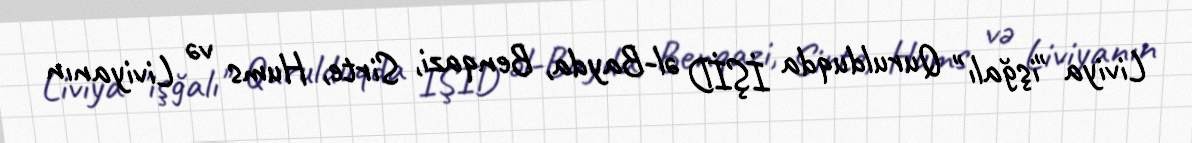
Liviya "işğalı" Qurulduqda İŞİD əl-Bayda, Benqazi, Sirte, Hums və Liviyanın